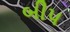
બી૫